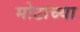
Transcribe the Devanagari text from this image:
मोटांच्या